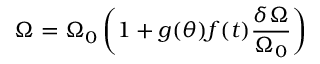
\Omega = \Omega _ { 0 } \left( 1 + g ( \theta ) f ( t ) \frac { \delta \Omega } { \Omega _ { 0 } } \right)